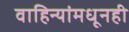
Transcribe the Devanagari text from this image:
वाहिन्यांमधूनही